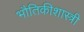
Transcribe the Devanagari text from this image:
भौतिकीशास्त्री